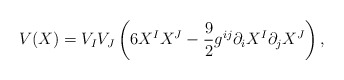
\begin{align*}V(X)=V_{I}V_{J}\left( 6X^{I}X^{J}-{\frac{9}{2}}{g}^{ij}\partial_{i}X^{I}\partial _{j}X^{J}\right) ,\end{align*}